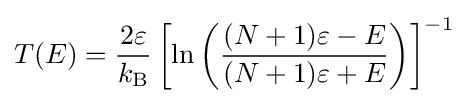
T(E)={\frac {2\varepsilon }{k_{\text{B}}}}\left[\ln \left({\frac {(N+1)\varepsilon -E}{(N+1)\varepsilon +E}}\right)\right]^{-1}